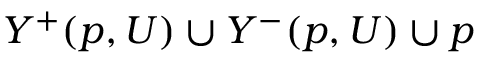
Y ^ { + } ( p , U ) \cup Y ^ { - } ( p , U ) \cup p